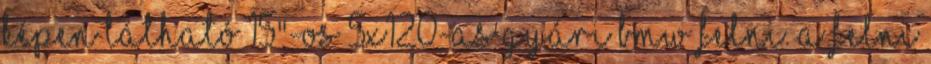
képen látható 15"-os 5x120-as gyári BMW felni. A FELNI